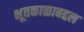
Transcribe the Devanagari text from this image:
भूतकाळाबद्दल